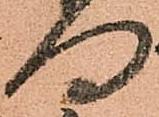
向